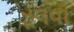
ઝૂલવા